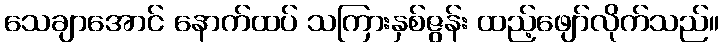
သေချာအောင် နောက်ထပ် သကြားနှစ်ဇွန်း ထည့်ဖျော်လိုက်သည်။